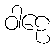
ဝါဠေ